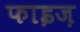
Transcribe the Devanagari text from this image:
फाइज़